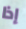
إذا